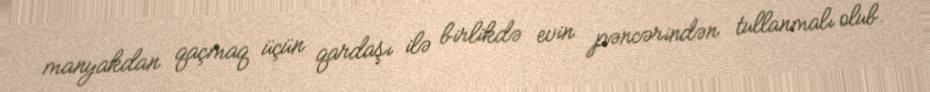
manyakdan qaçmaq üçün qardaşı ilə birlikdə evin pəncərindən tullanmalı olub.